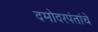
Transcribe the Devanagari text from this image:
दमोदरपंतांचे